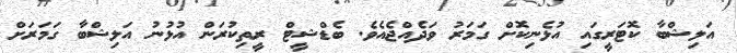
އަލިޝްބާ ކޮޓަރީގައި އުޅެނިކޮށް ގަމަރު ވަދެއްޖެއެވެ. ބެޑްޝީޓް ރީތިކުރަން އުޅުނު އަލިޝްބާ ގަމަރަށް